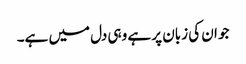
جو ان کی زبان پر ہے وہی دل میں ہے۔